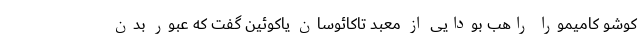
کوشو کامیمورا راهب بودایی از معبد تاکائوسان یاکوئین گفت که عبور بدن